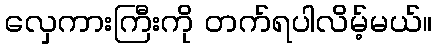
လှေကားကြီးကို တက်ရပါလိမ့်မယ်။